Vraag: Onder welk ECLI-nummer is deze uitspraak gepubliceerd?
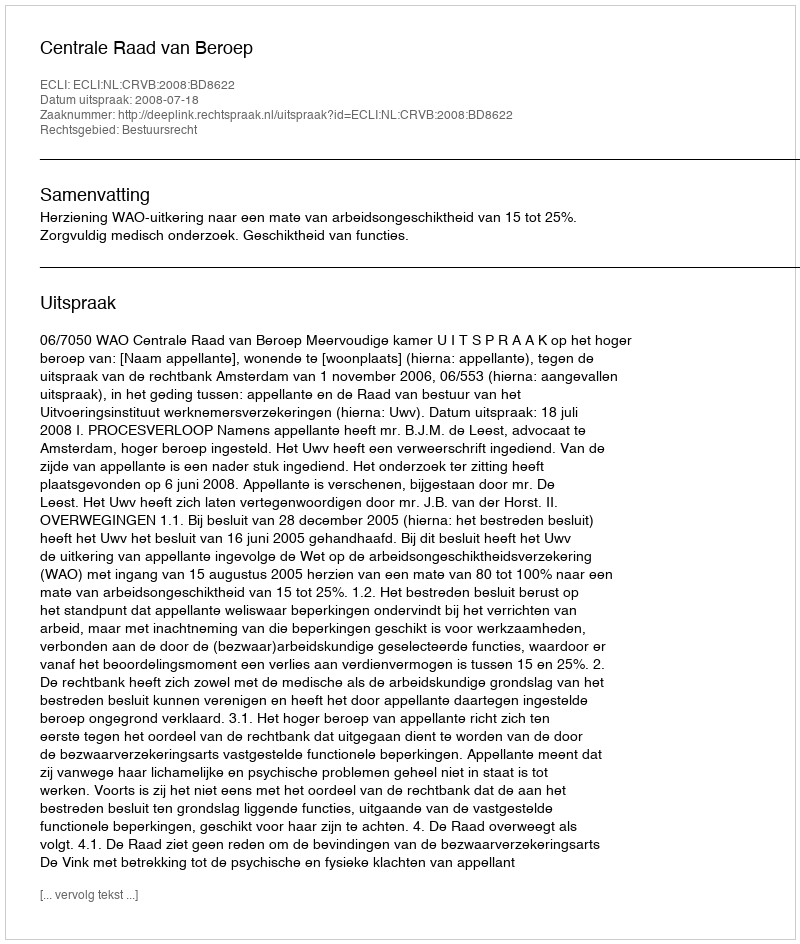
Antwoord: ECLI:NL:CRVB:2008:BD8622